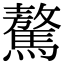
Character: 驁